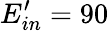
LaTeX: E_{in}^{\prime}=90